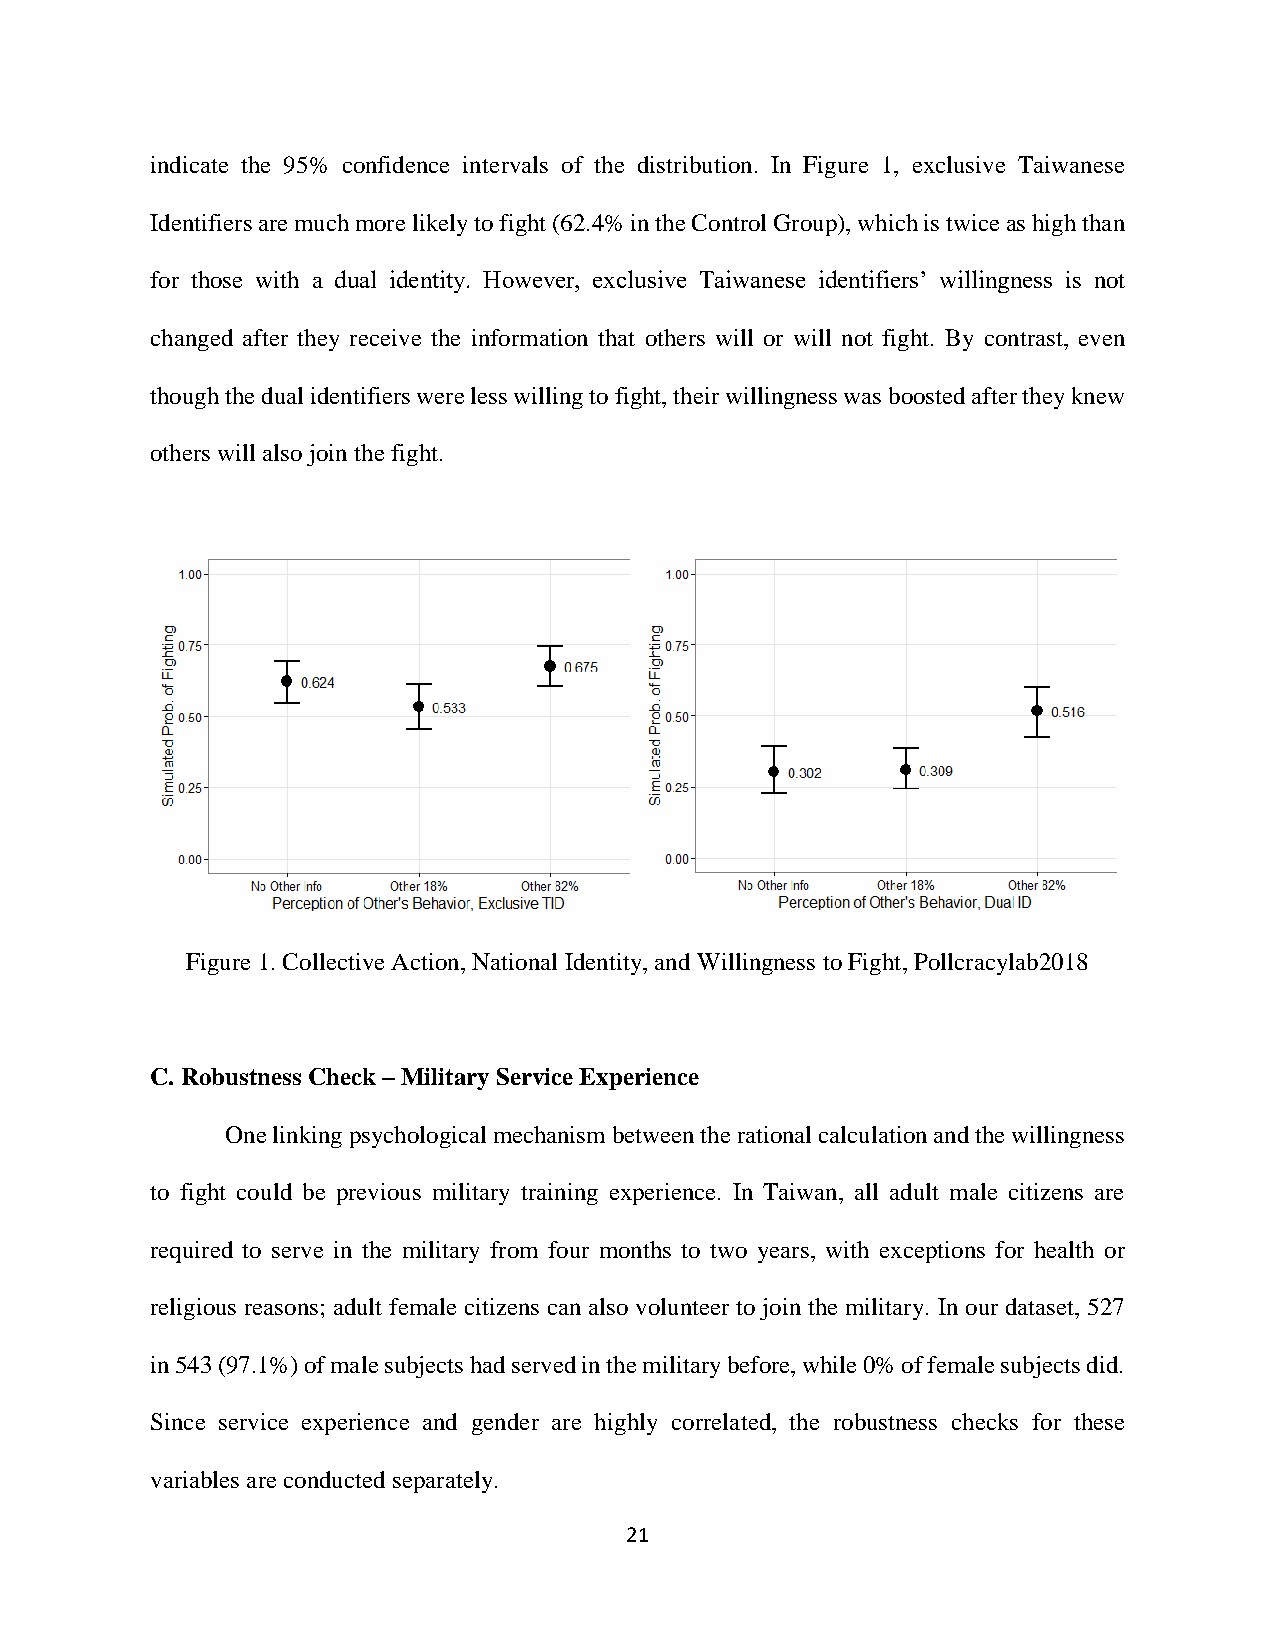
indicate the 95% confidence intervals of the distribution. In Figure 1, exclusive Taiwanese
 Identifiers are much more likely to fight (62.4% in the Control Group), which is twice as high than
 for those with a dual identity. However, exclusive Taiwanese identifiers’ willingness is not
 changed after they receive the information that others will or will not fight. By contrast, even
 though the dual identifiers were less willing to fight, their willingness was boosted after they knew
 others will also join the fight.
 Figure 1. Collective Action, National Identity, and Willingness to Fight, Pollcracylab2018
 C. Robustness Check – Military Service Experience
 One linking psychological mechanism between the rational calculation and the willingness
 to fight could be previous military training experience. In Taiwan, all adult male citizens are
 required to serve in the military from four months to two years, with exceptions for health or
 religious reasons; adult female citizens can also volunteer to join the military. In our dataset, 527
 in 543 (97.1%) of male subjects had served in the military before, while 0% of female subjects did.
 Since service experience and gender are highly correlated, the robustness checks for these
 variables are conducted separately.
 21